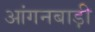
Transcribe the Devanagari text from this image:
आंगनबाड़़ी